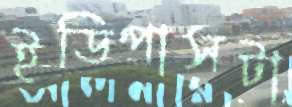
ইডিপাসটা